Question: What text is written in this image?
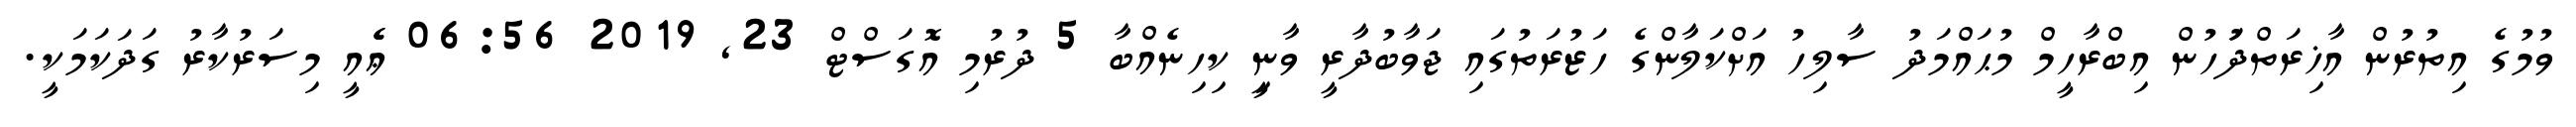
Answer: ވުމުގެ އިތުރުން އާޚިރަތްދުަހުން އިބްރާހީމް މުޙައްމަދު ސާލިހު އަށްކަލާންގެ ހަޒުރަތުގައި ޖަވާބުދާރީ ވާނީި ކިހިނެއްބާ 5 ދުރުމި އޮގަސްޓް 23, 2019 06:56 ޢެެއީ މިސަރުކާރު ގަދަކަމަކީ.